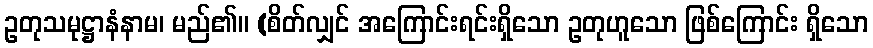
ဥတုသမုဋ္ဌာနံနာမ၊ မည်၏။ (စိတ်လျှင် အကြောင်းရင်းရှိသော ဥတုဟူသော ဖြစ်ကြောင်း ရှိသော